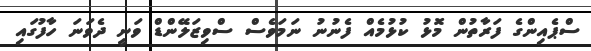
ސްޕެއިންގެ ފަރާތުން މޮޅު ކުޅުމެއް ފެނުނު ނަމަވެސް ސްވިޒަލޭންޑް ވަނީ ދެވަނަ ހާފުގައި